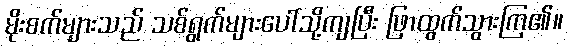
မိုးစက်များသည် သစ်ရွက်များပေါ်သို့ကျပြီး ဖြာထွက်သွားကြ၏။